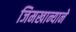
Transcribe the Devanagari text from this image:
जिमखान्याने